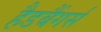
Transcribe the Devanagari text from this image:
हैडबैंगर्स